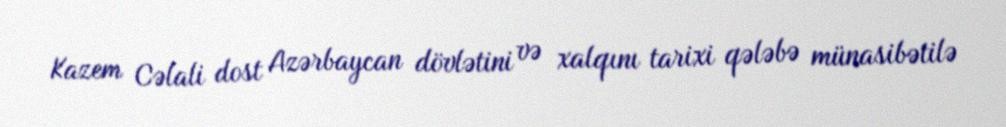
Kazem Cəlali dost Azərbaycan dövlətini və xalqını tarixi qələbə münasibətilə